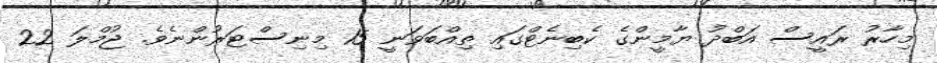
މިހާރު ރައީސް އަބްދު ޔާމީންގެ ކެބިނެޓްގައި ތިއްބަވަނީ 15 މިނިސްޓަރުންނެވެ. ޖުމްލަ 22